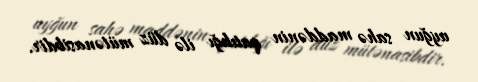
uyğun sahə maddənin qatılığı ilə düz mütənasibdir.